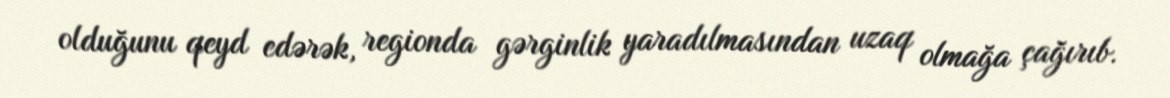
olduğunu qeyd edərək, regionda gərginlik yaradılmasından uzaq olmağa çağırıb.